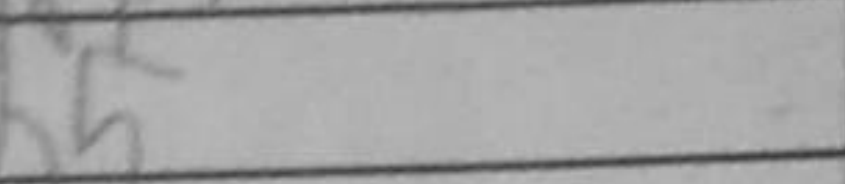
Transcription: b5